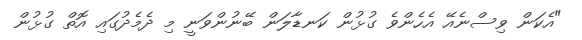
"އެކަން ވިސްނެއޭ އެހެންވެ ގުޅުން ކަނޑާލަން ބޭނުންވަނީ މި ދެމެދުގައި އޮތް ގުޅުން